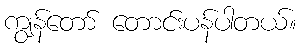
ကျွန်တော် တောင်းပန်ပါတယ်။